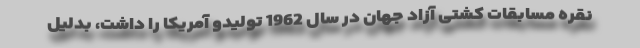
نقره مسابقات کشتی آزاد جهان در سال 1962 تولیدو آمریکا را داشت، بدلیل